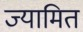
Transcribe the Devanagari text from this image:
ज्यामित